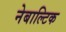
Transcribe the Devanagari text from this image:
नेबाल्टिक